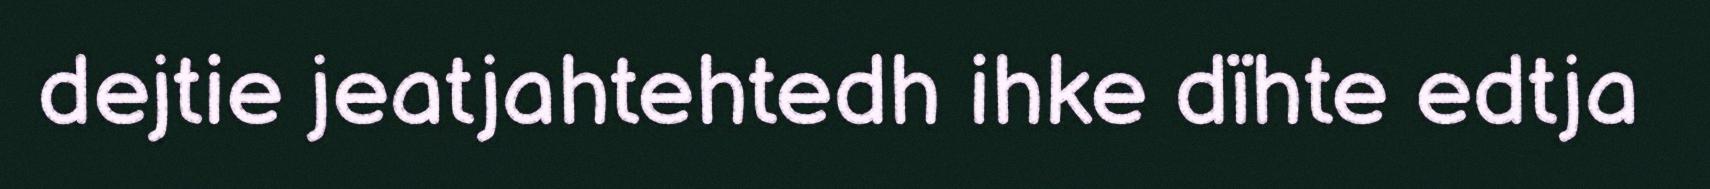
dejtie jeatjahtehtedh ihke dïhte edtja